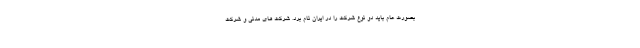
بصورت عام باید دو نوع شرکت را در ایران نام برد. شرکت های مدنی و شرکت